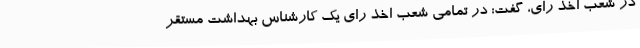
در شعب اخذ رای، گفت: در تمامی شعب اخذ رای یک کارشناس بهداشت مستقر